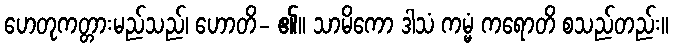
ဟေတုကတ္တားမည်သည်၊ ဟောတိ- ၏။ သာမိကော ဒါသံ ကမ္မံ ကရောတိ စသည်တည်း။